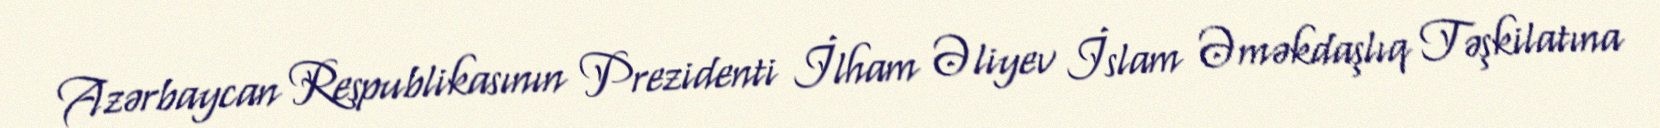
Azərbaycan Respublikasının Prezidenti İlham Əliyev İslam Əməkdaşlıq Təşkilatına